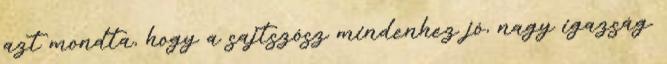
azt mondta, hogy a sajtszósz mindenhez jó, nagy igazság.